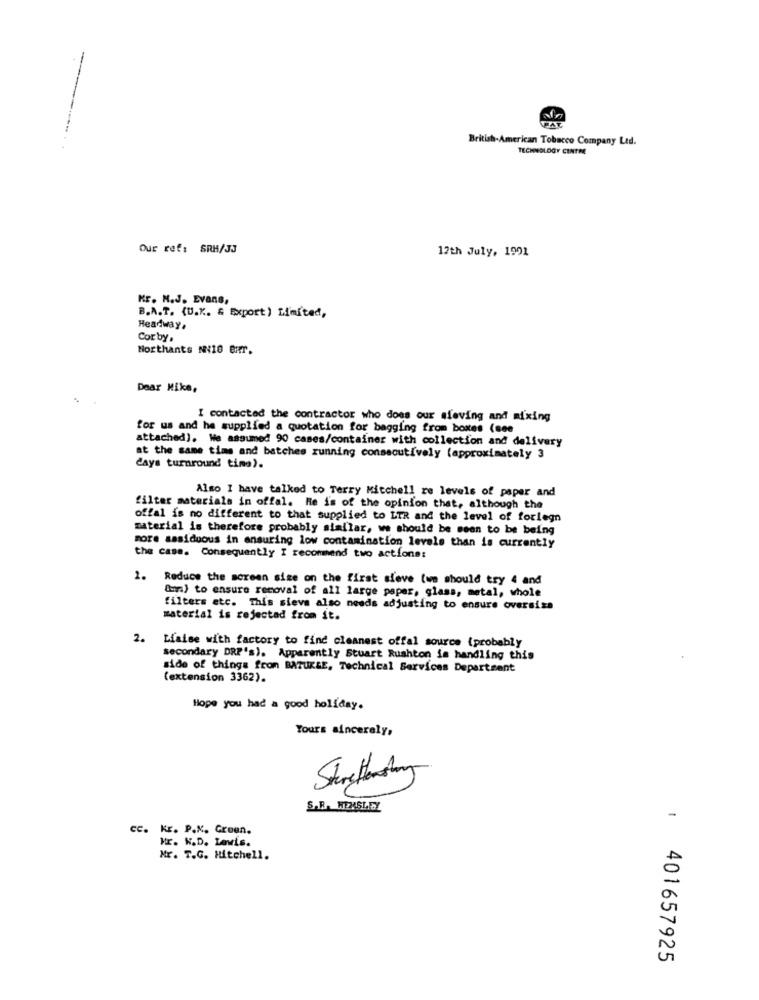
British-American Tobacco Company Ltd.
TECHNOLOGY CINTRE
Our ref: SRH/JJ
12th July, 1991
Kr. N.J. Evans,
B.A.T. (U.K .. " Export) Limited,
Headway,
Cor by
Northants NN410 BRr.
Dear Mike,
I contacted the contractor who does our aleving and mixing
for us and he supplied a quotation for bagging from boxes (see
attached). We assumed 90 cases/container with collection and delivery
at the same time and batches running consecutively (approximately 3
days turnround time).
Also I have talked to Terry Mitchell re levels of paper and
filter materials in offal. He is of the opinion that, although the
offal is no different to that supplied to LTR and the level of foriegn
material is therefore probably similar, we should be seen to be being
more assiduous in ensuring low contamination levels than is currently
the case. Consequently I recommend two actions:
2.
Reduce the screen size on the first sieve (we should try 4 and
Oma) to ensure removal of all large paper, glass, metal, whole
filters etc. This sieve also needs adjusting to ensure oversize
material is rejectad from it.
2.
Liaise with factory to find cleanest offal source (probably
secondary DRP's). Apparently Stuart Rushton is handling this
side of things from BATUKLE, Technical Services Department
(extension 3362).
Hope you had a good holiday.
Yours sincerely,
S.R. WENSLEY
-
cc.
Kr. P.K. Green.
Mr. K.D. Lewis.
Mr. T.G. Mitchell.
401657925